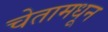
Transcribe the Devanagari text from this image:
चेतामधून